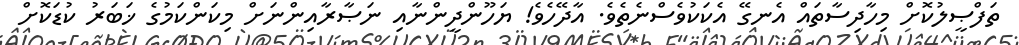
ތަފްޞީލުކޮށް މިހާދިސާތައް އެނގޭ އެކަކުވެސްނެތެވެ. އާދޭހެވެ! ޔަހޫންދީންނާއި ނަޞާރާއިންނަށް މިކަންކަމުގެ ޚަބަރު ކުޑަކޮށް